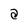
Character: a